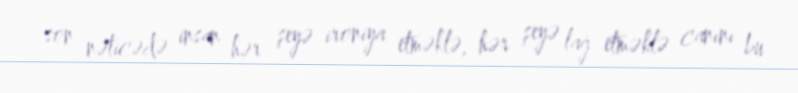
son nəticədə insan hər şeyə ironiya etməklə, hər şeyə lağ etməklə canını bu